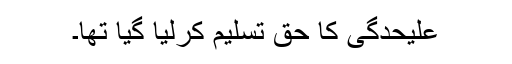
علیحدگی کا حق تسلیم کرلیا گیا تھا۔